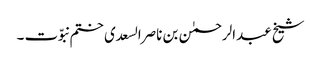
شیخ عبدالرحمٰن بن ناصرالسعدی ختم نبوّت ۔